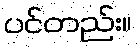
ပင်တည်း။